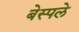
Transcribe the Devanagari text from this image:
बेस्पले